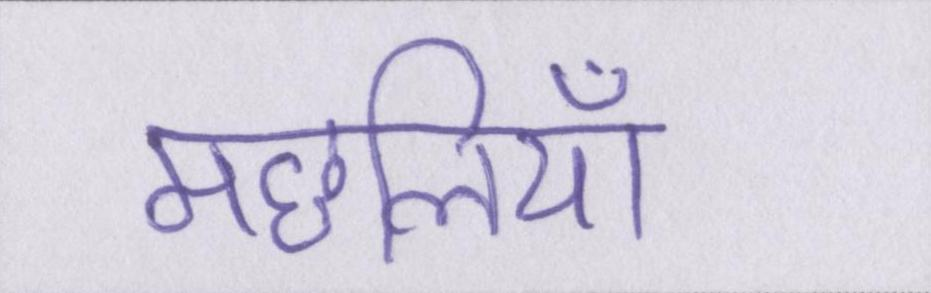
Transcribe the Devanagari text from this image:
मछलियाँ